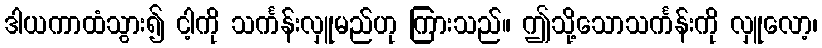
ဒါယကာထံသွား၍ ငါ့ကို သင်္ကန်းလှူမည်ဟု ကြားသည်။ ဤသို့သောသင်္ကန်းကို လှူလော့၊